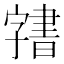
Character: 𭓙